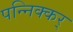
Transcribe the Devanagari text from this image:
पन्निक्कर्